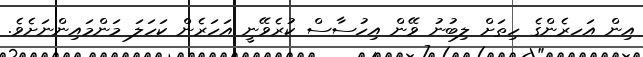
އިން އަހރެންގެ ހިތަށް ލިބުނު ވޭން އިހުސާސް ކުރެވޭނީ އަހަރެން ކަހަލަ މަންމައިންނަށެވެ.